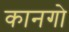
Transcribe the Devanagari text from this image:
कानगो